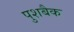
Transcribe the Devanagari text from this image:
पुशबैक